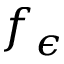
f _ { \epsilon }